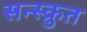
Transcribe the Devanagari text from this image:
सन्स्क्रुत